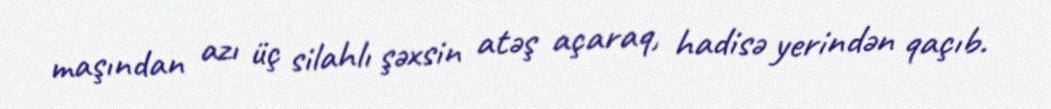
maşından azı üç silahlı şəxsin atəş açaraq, hadisə yerindən qaçıb.